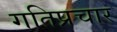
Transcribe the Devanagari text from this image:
गतिप्रचार